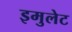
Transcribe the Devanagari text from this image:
इमुलेट